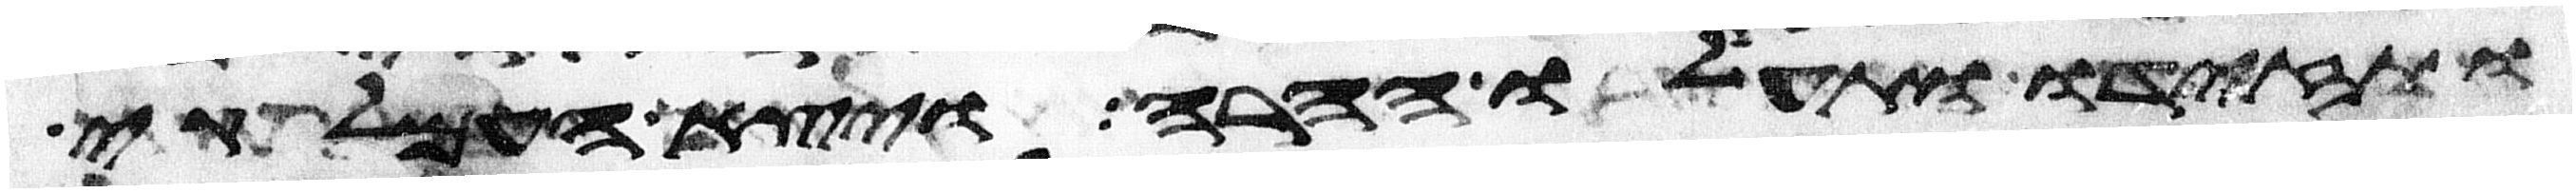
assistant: ותזידו ותעלו ההרה ויצא העמלקי